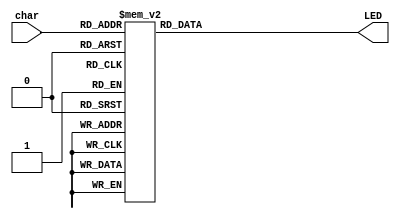
//LED decoder - 
//Nikolaos Koxenoglou 1711
`timescale 1ns / 1ps

module LEDdecoder(
  char,
  LED
);

input [3:0] char;
output reg [7:0] LED;

always @(char)
begin
	case (char)
		4'h0: LED = 8'b00000011;

		4'h1: LED = 8'b10011111;
      
		4'h2: LED = 8'b00100101;

    	4'h3: LED = 8'b00001101;

    	4'h4: LED = 8'b10011001;

    	4'h5: LED = 8'b01001001;

    	4'h6: LED = 8'b01000001;

    	4'h7: LED = 8'b00011111;

    	4'h8: LED = 8'b00000001;

 		4'h9: LED = 8'b00001001;

    	4'ha: LED = 8'b00010001;

    	4'hb: LED = 8'b11000001;

    	4'hc: LED = 8'b01100011;

    	4'hd: LED = 8'b10000101;

    	4'he: LED = 8'b01100001;

    	4'hf: LED = 8'b01110001;

		default: LED = 8'b11111110;
	endcase
end  

endmodule // LEDdecoder